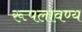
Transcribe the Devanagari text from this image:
रूपलावण्य